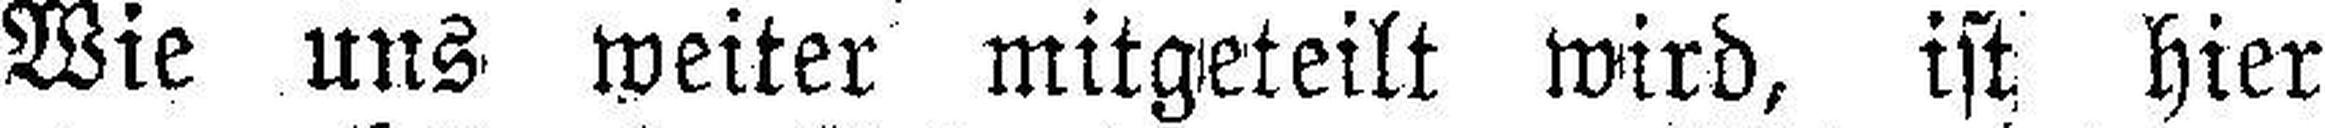
Wie uns weiter mitgeteilt wird, ist hier